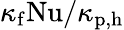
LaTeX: \kappa_{\mathrm{f}}\mathrm{Nu}/\kappa_{\mathrm{p,h}}